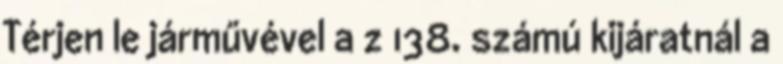
Térjen le járművével a z 138. számú kijáratnál a